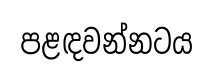
පළඳවන්නටය